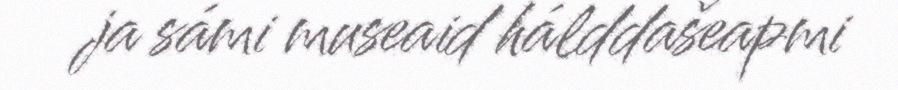
ja sámi museaid hálddašeapmi